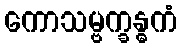
ကောသမ္ဗက္ခန္ဓကံ